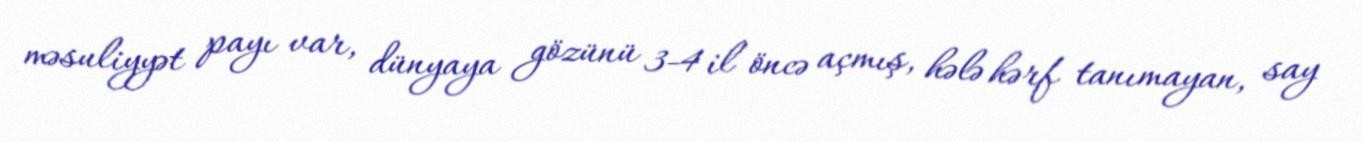
məsuliyyət payı var, dünyaya gözünü 3-4 il öncə açmış, hələ hərf tanımayan, say